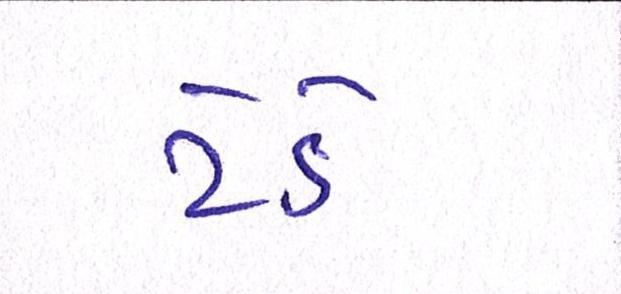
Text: ટેડે